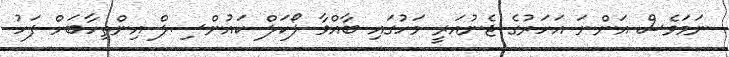
ނަމަވެސް އަންނަ އަހަރުގެ ޖެނުއަރީ މަހުގައި ބާއްވާ ލޯކަލް ކައުންސިލް އިންތިހާބަށް ފަހު